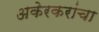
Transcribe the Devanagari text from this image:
अकेरकरांचा